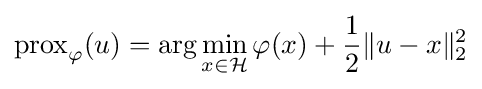
\operatorname {prox} _{\varphi }(u)=\operatorname {arg} \min _{x\in {\mathcal {H}}}\varphi (x)+{\frac {1}{2}}\|u-x\|_{2}^{2}